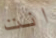
انت